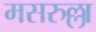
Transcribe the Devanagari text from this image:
मसरुल्ला